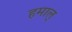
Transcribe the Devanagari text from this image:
हमाल्